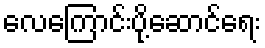
လေကြောင်းပို့ဆောင်ရေး